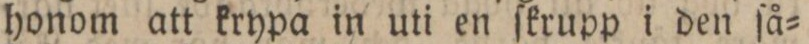
honom att krypa in uti en ſkrupp i den ſå=